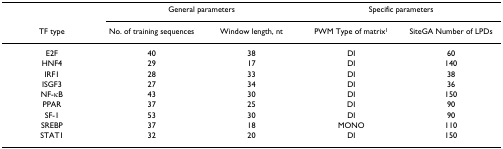
|  | <COLSPAN=2> General parameters | <COLSPAN=2> Specific parameters |
 | TF type | No. of training sequences | Window length, nt | PWM Type of matrix1 | SiteGA Number of LPDs |
 | --- | --- | --- | --- | --- |
 | E2F | 40 | 38 | DI | 60 |
 | HNF4 | 29 | 17 | DI | 140 |
 | IRF1 | 28 | 33 | DI | 38 |
 | ISGF3 | 27 | 34 | DI | 36 |
 | NF-κB | 43 | 30 | DI | 150 |
 | PPAR | 37 | 25 | DI | 90 |
 | SF-1 | 53 | 30 | DI | 90 |
 | SREBP | 37 | 18 | MONO | 110 |
 | STAT1 | 32 | 20 | DI | 150 |